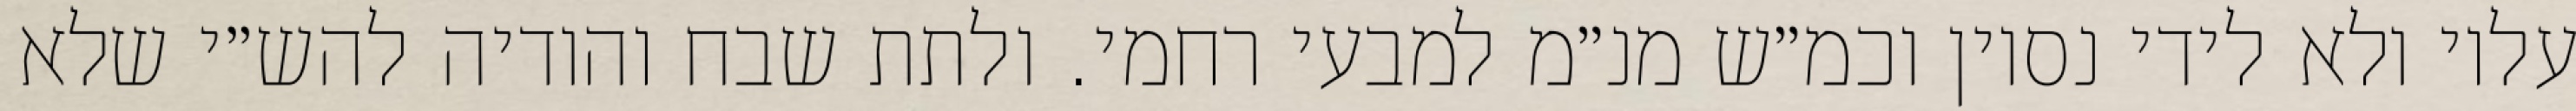
עליו ולא לידי נסיון וכמ״ש מנ״מ למבעי רחמי. ולתת שבח והודיה להש״י שלא